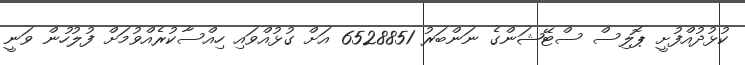
ކުޅުދުއްފުށީ ޕޮލިސް ސްޓޭޝަންގެ ނަންބަރު 6528851 އަށް ގުޅުއްވައި ހިއްސާކުރެއްވުމަށް ފުލުހުން ވަނީ